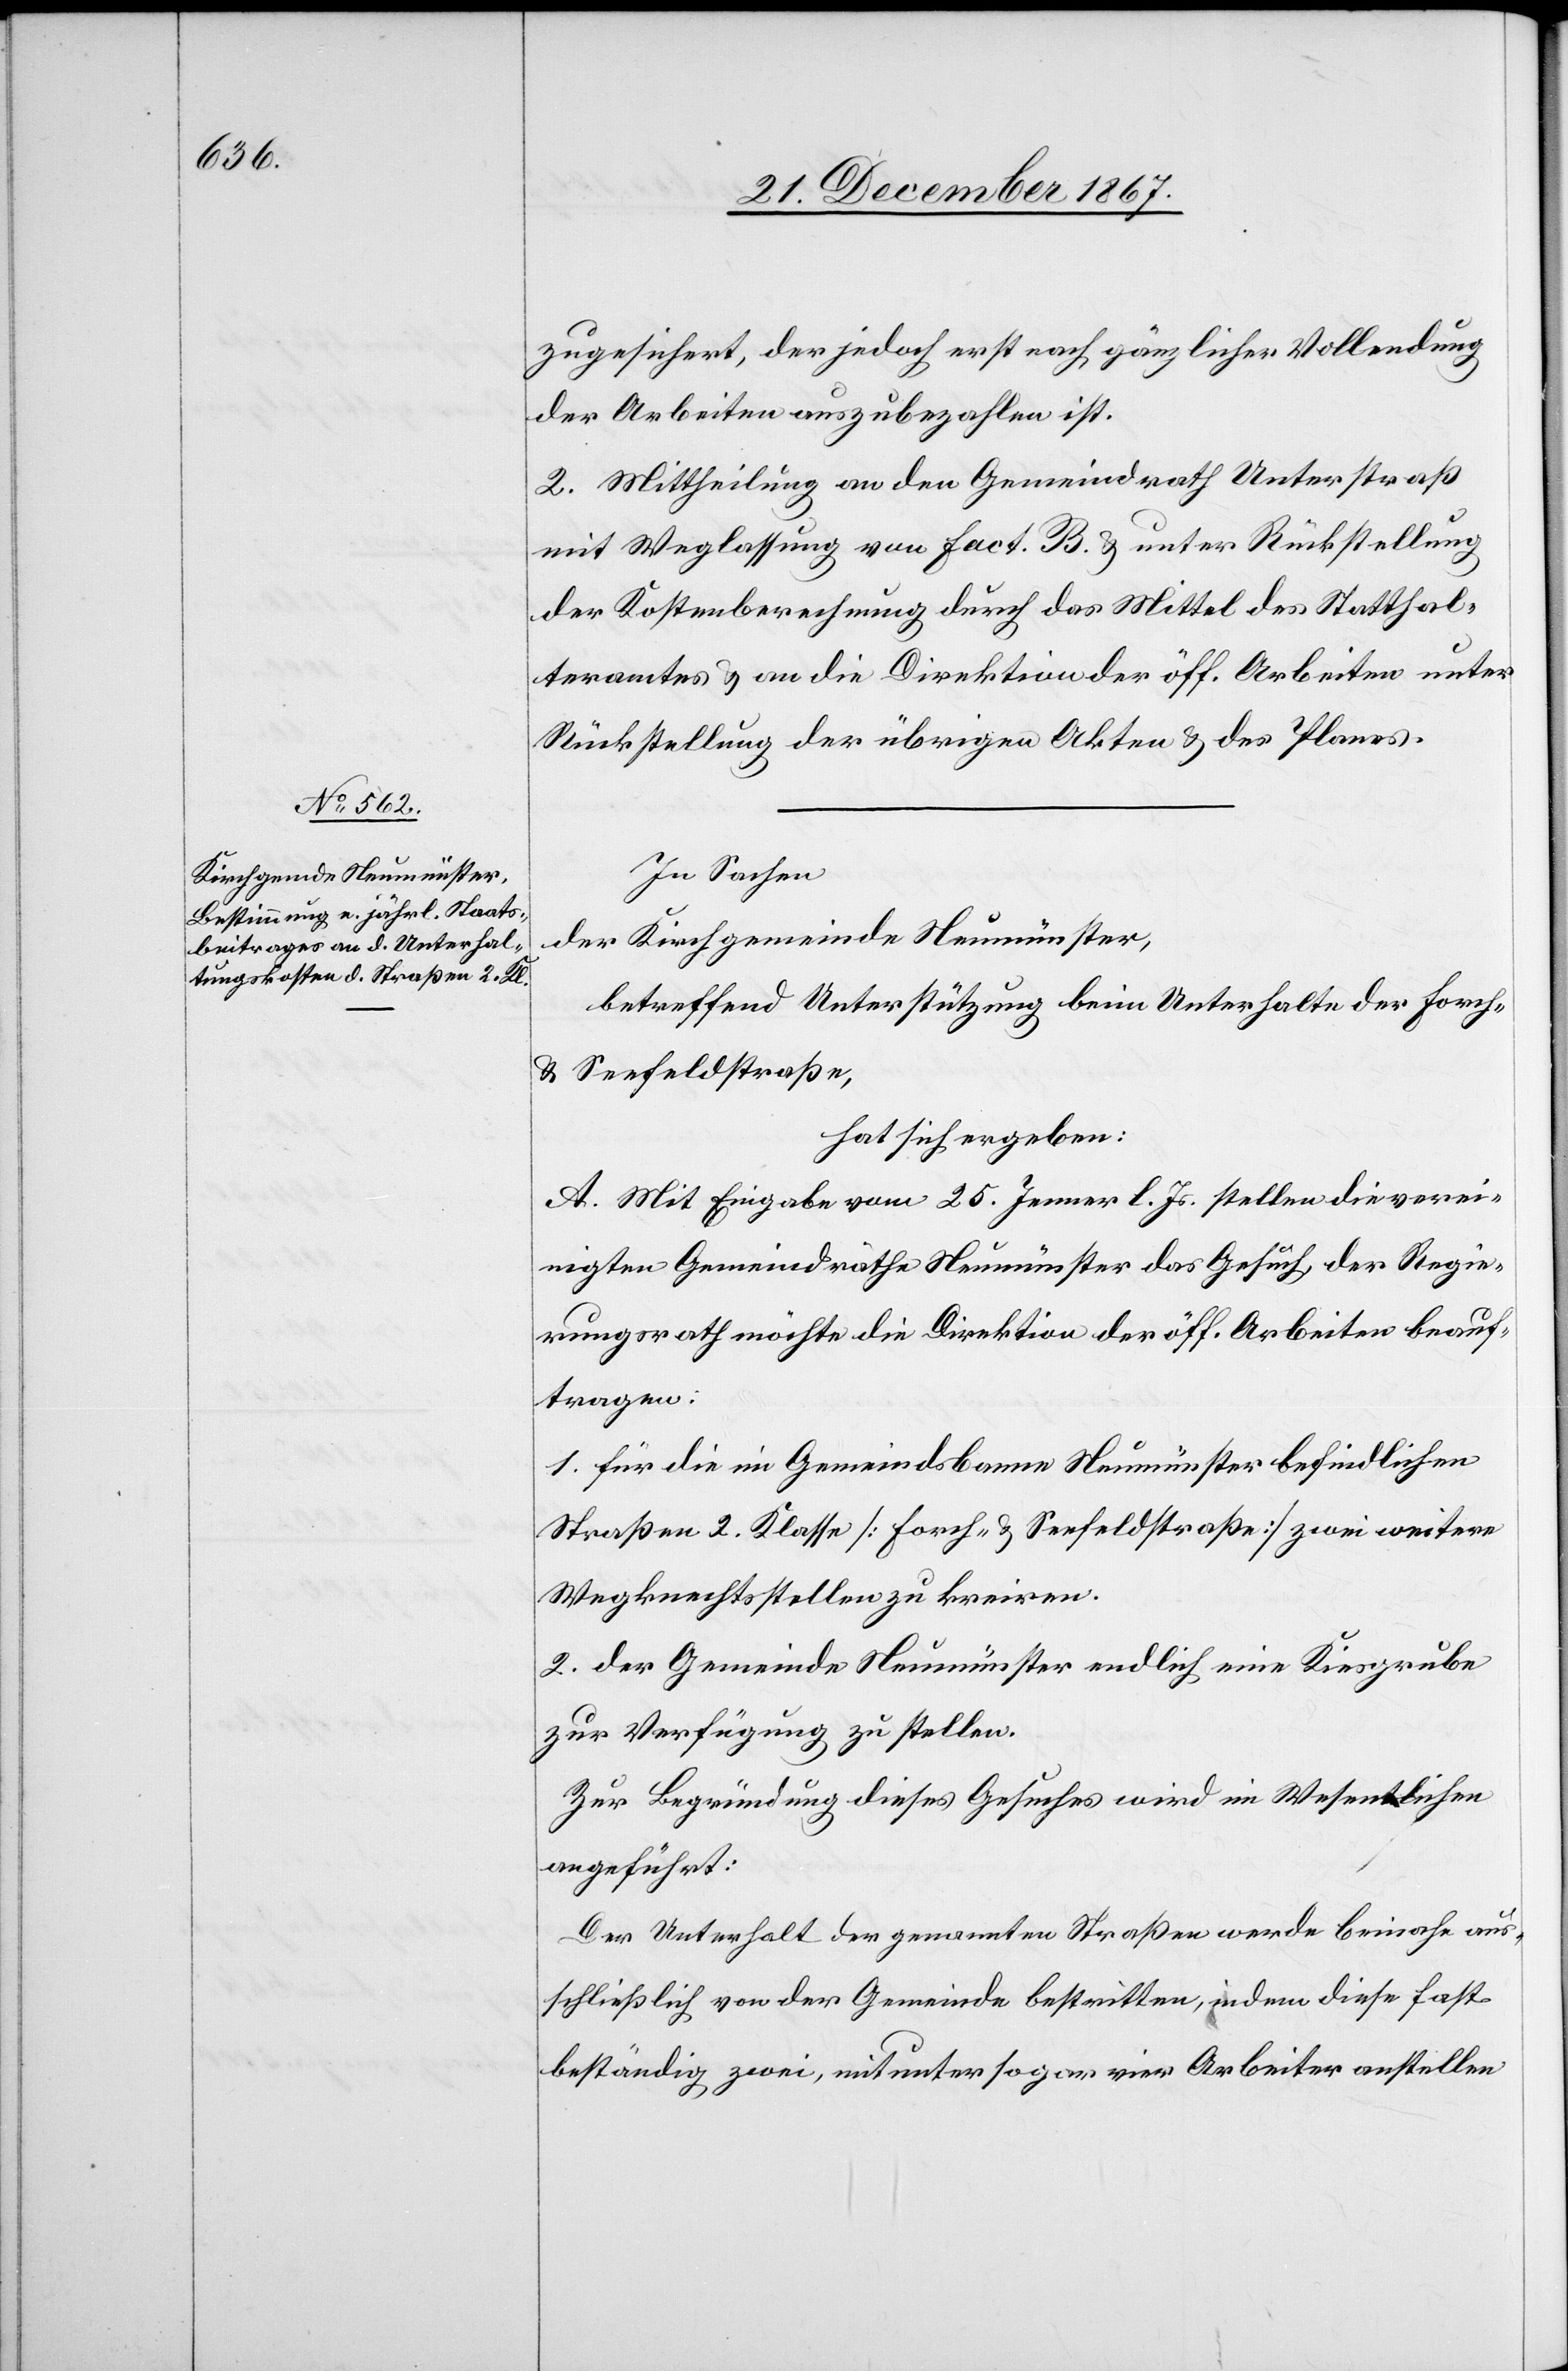
zugesichert, der jedoch erst nach gänzlicher Vollendung
der Arbeiten auszubezahlen ist.
2. Mittheilung an den Gemeindrath Unterstraß
mit Weglassung von Fact. B. u. unter Rückstellung
der Kostenberechnung durch das Mittel des Statthal¬
teramtes u. an die Direktion der öff. Arbeiten unter
Rückstellung der übrigen Akten u. des Planes.
In Sachen
der Kirchgemeinde Neumünster,
betreffend Unterstützung beim Unterhalte der Forch-
u. Seefeldstraße,
hat sich ergeben:
A. Mit Eingabe vom 25. Jenner l. Js. stellen die verei¬
nigten Gemeindräthe Neumünster das Gesuch, der Regie¬
rungsrath möchte die Direktion der öff. Arbeiten beauf¬
tragen:
1. für die im Gemeindsbanne Neumünster befindlichen
Straßen 2. Klasse [Forch- u. Seefeldstraße] zwei weitere
Wegknechtsstellen zu kreiren.
2. der Gemeinde Neumünster endlich eine Kiesgrube
zur Verfügung zu stellen.
Zur Begründung dieses Gesuches wird im Wesentlichen
angeführt:
Der Unterhalt der genannten Straßen werde beinahe aus¬
schließlich von der Gemeinde bestritten, indem diese fast
beständig zwei, mitunter sogar vier Arbeiter anstellen